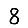
Digit: 8